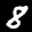
Label: 8